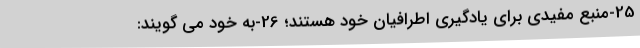
25-منبع مفیدی برای یادگیری اطرافیان خود هستند؛ 26-به خود می ­گویند: